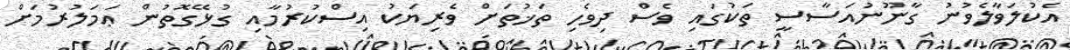
އެކުލަވާލެވުނު ގާނޫނުއަސާސީ ތަކުގައި ވެސް ދިވެހި ތަޚުތަށް ވެރިޔަކު އިސްކުރުމާއި ގުޅޭގޮތުން ޢަމަލުރުމަށް